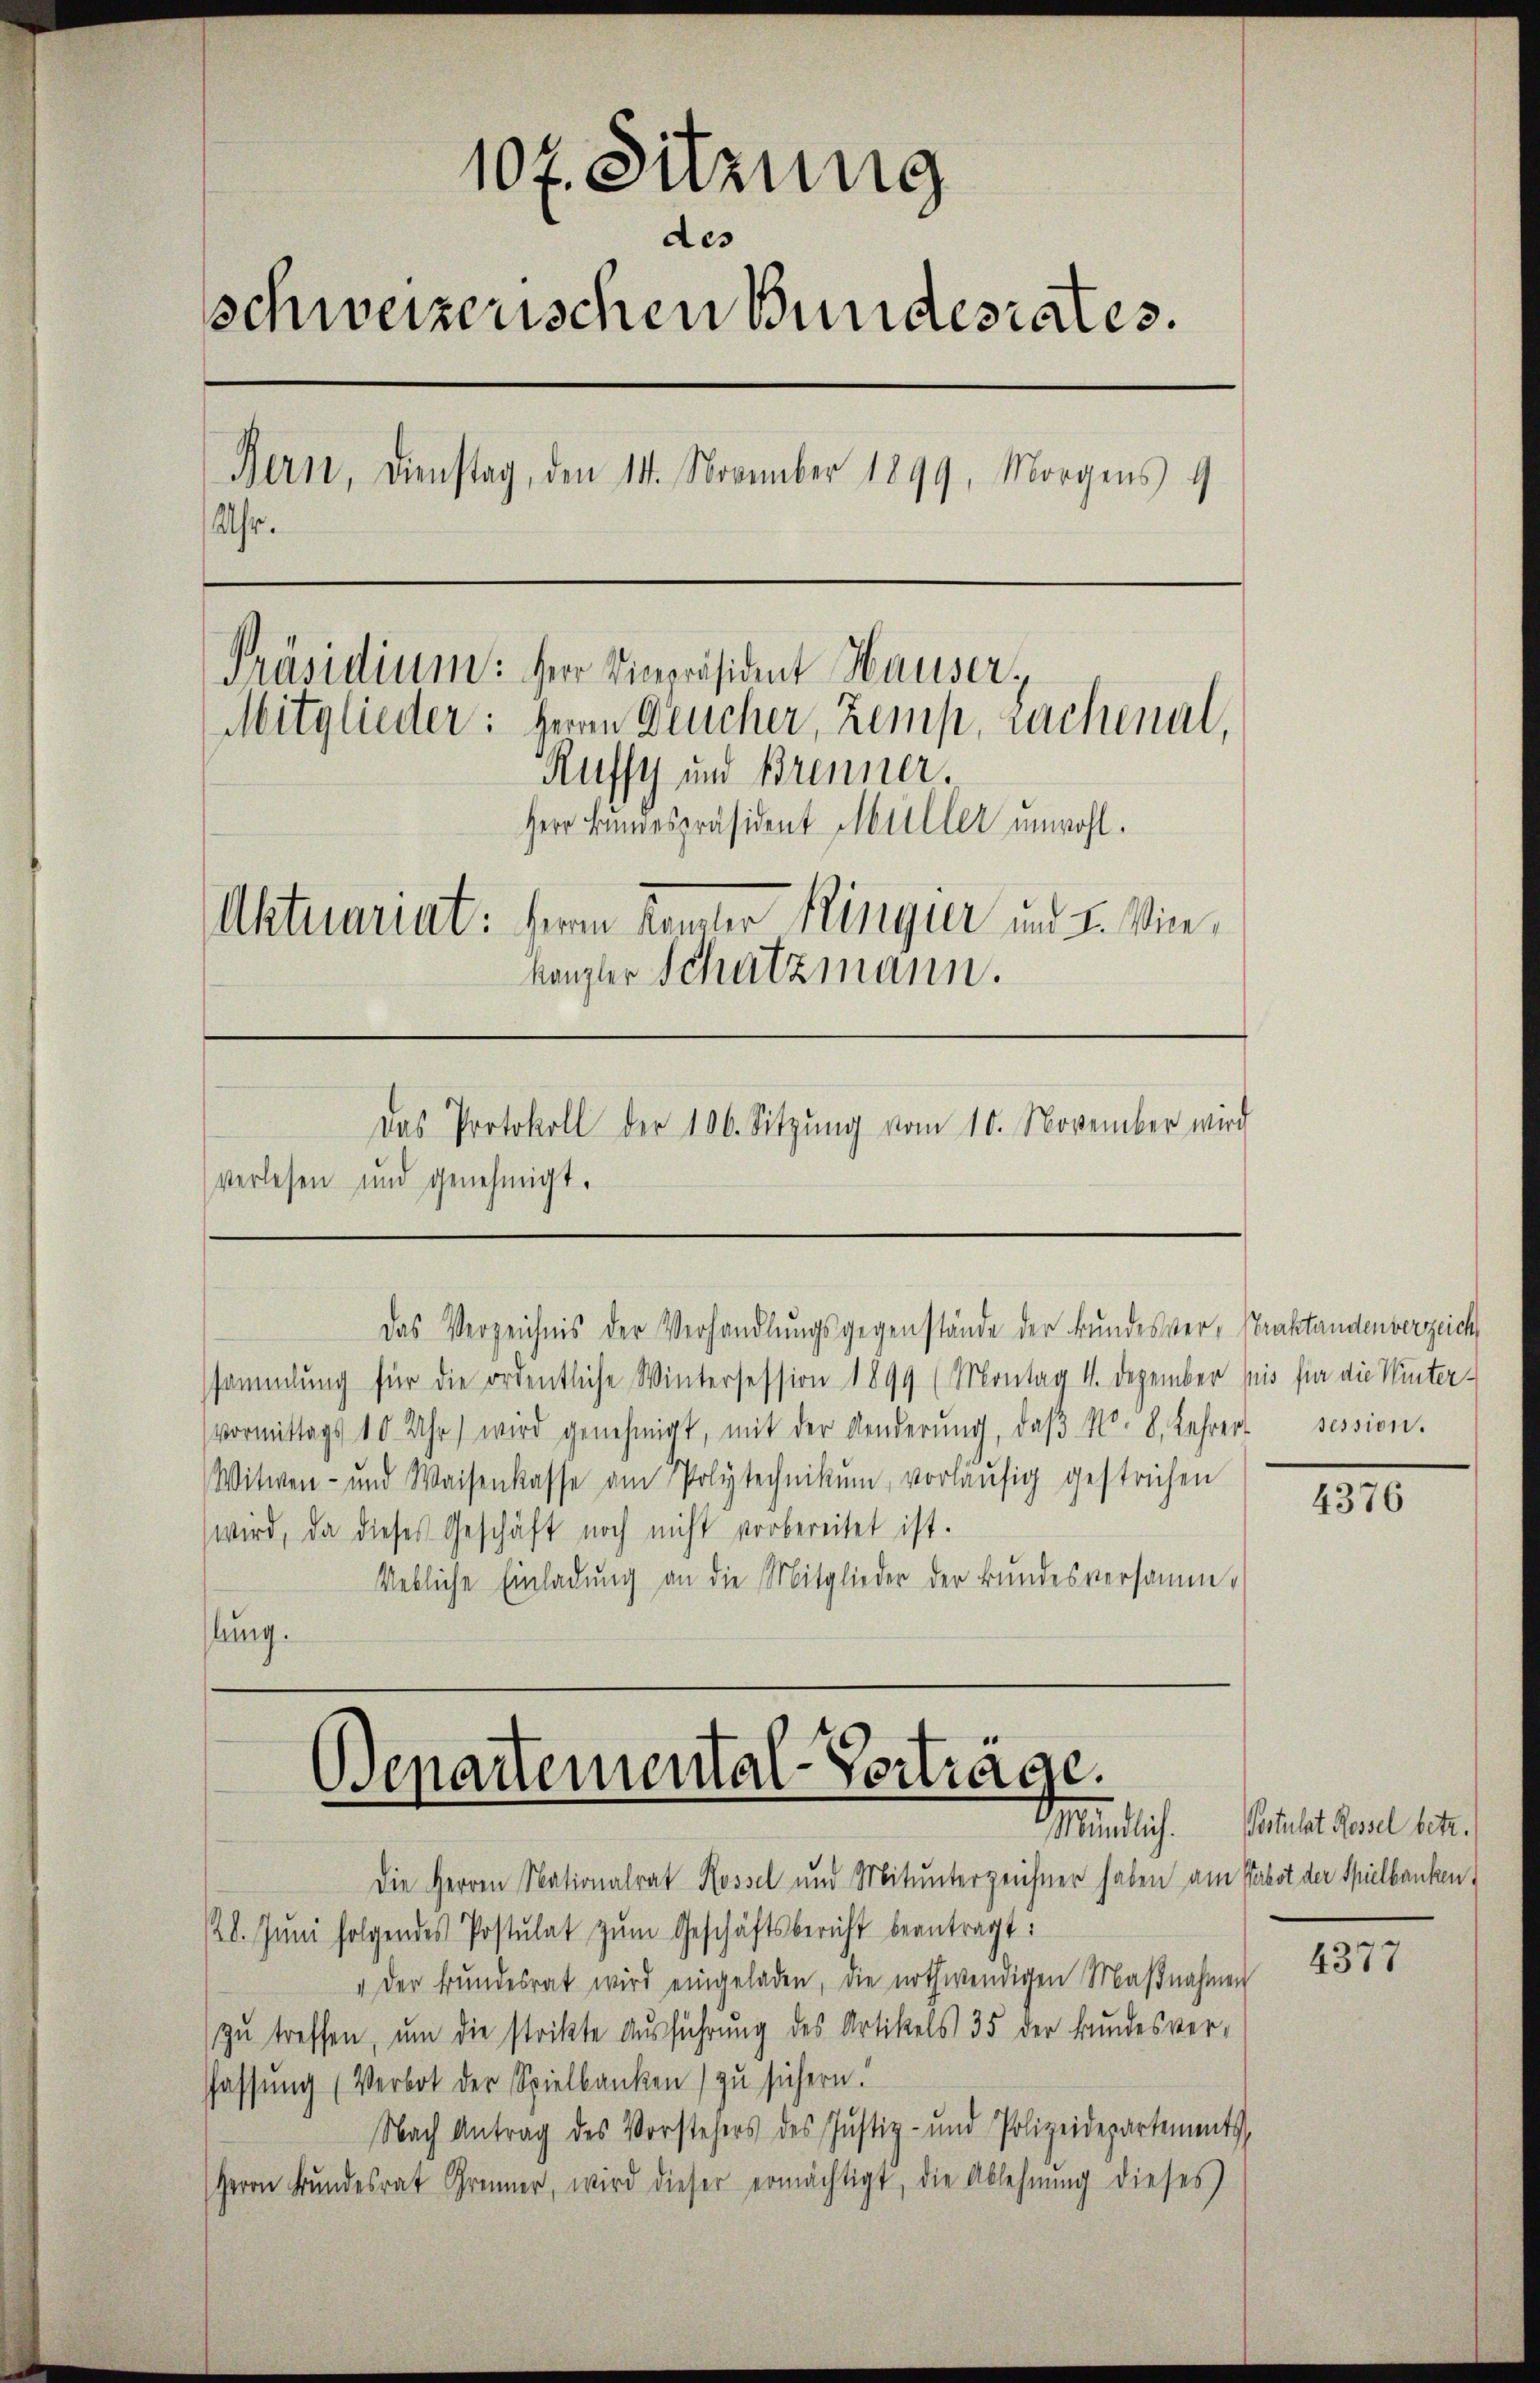
10 f. Sitzung
des
schweizerischen Bundesrates.
Bern, Dienstag, den 14. November 1899, Morgens 9
Uhr.
Präsidium: Herr Vicepräsident Hauser,
Mitglieder: Herrn Drucher, Zemp, rachenal,
Rufsy und Brenner.
Herr Bundespräsident Müller unwohl.
Aktuariat: Herrn Kemter Ringier und 2. Winkanzler Schatzmann.
Das Protokoll der 106. Sitzŭng vom 10. November wird
verlesen und genehmigt.

ssammlung für die ordentliche Wintersession 1899 (Montag 4. Dezember pris für die Winter-
vormittags 10 Uhr) wird genehmigt, mit der Aenderŭng, daβ No. 8. Lehrer session.
Witwen- und Waisenkasse am Polytechnikum, vorläŭfig gestrichen
wird, da dieses Geschäft noch nicht vorbereitet ist.
Uebliche Einladung an die Mitglieder der Bundesversammlung.

Das Verzeichnis der Verhandlungsgegenstände der Bundesver- Praktandenberzeich

Departemental-Vorträge.

Die Herren Nationalrat Rossel und Mitunterzeichner haben am Pabst der Spielbanken,
/20. Juni folgendes Postulat zum Geschäftsbericht beantragt:
" der Bŭndesrat wird eingeladen, die nothwendigen Maβnahmen
zŭ treffen, um die strikte Aŭsführung des Artikels 35 der Bundesver-
fassung (Verbot der Spielbanken) zu sichern.
Nach Antrag des Vorstehers des Justiz- und Polizeidepartements,
Herrn Bŭndesrat Grer, wird dieser ermächtigt, die Ablehnŭng dieses

4376

Mündlich. Staat Basel betr.

4377